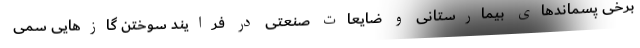
برخی پسماندهای بیمارستانی و ضایعات صنعتی در فرایند سوختن گازهایی سمی